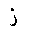
Letter: _zay